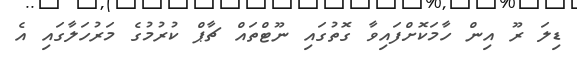
ޑިލަ ރޫ އިން ހާމަކޮށްފައިވާ ގޮތުގައި ނޫޓްތައް ޗާޕް ކުރުމުގެ މަރުހަލާގައި އެ